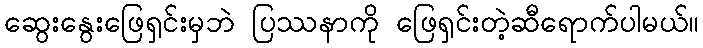
ဆွေးနွေးဖြေရှင်းမှဘဲ ပြဿနာကို ဖြေရှင်းတဲ့ဆီရောက်ပါမယ်။